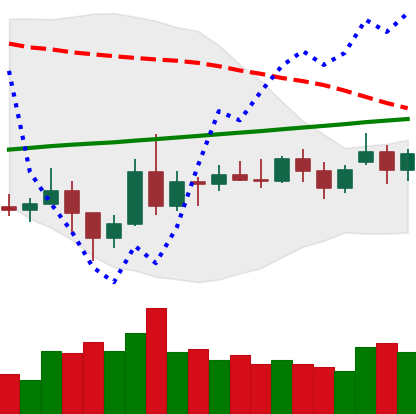
Ticker: NEO-USD
Chart end date: 2020-11-19
Forward return: 26.834%
Label: up_7plus